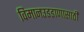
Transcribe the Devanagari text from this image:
विमानउडडाणासाठी